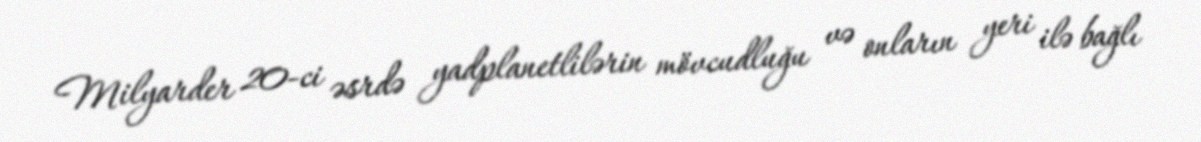
Milyarder 20-ci əsrdə yadplanetlilərin mövcudluğu və onların yeri ilə bağlı